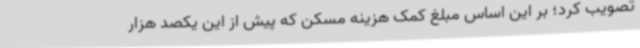
تصویب کرد؛ بر این اساس مبلغ کمک هزینه مسکن که پیش از این یکصد هزار